Calcutta medical institutions reports 1879-81 [i.e.91]
Year: 1879
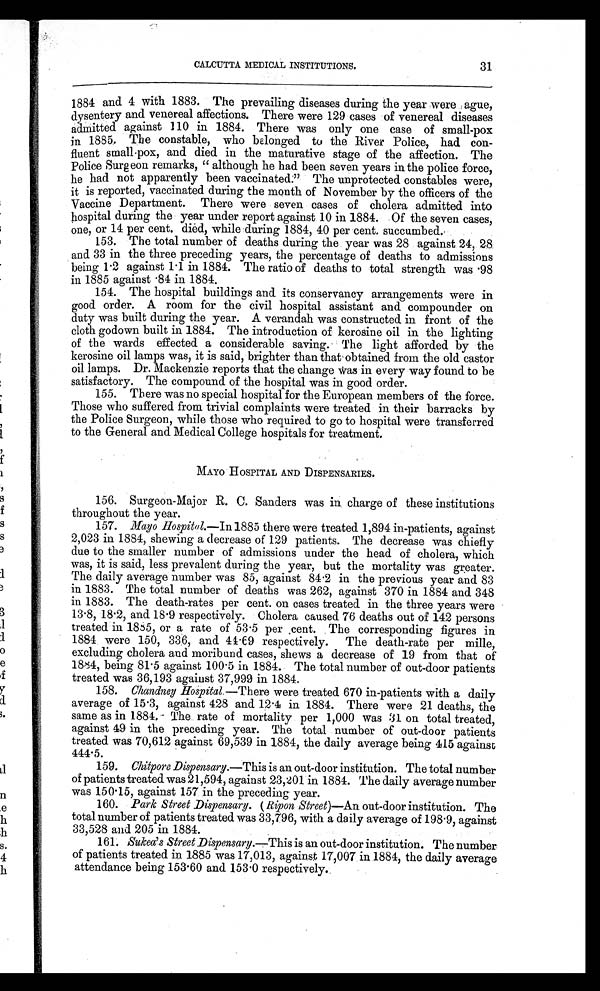
CALCUTTA MEDICAL INSTITUTIONS.
31
1884 and 4 with 1883. The prevailing diseases during the year were ague,
dysentery and venereal affections. There were 129 cases of venereal diseases
admitted against 110 in 1884. There was only one case of small-pox
in 1885. The constable, who belonged to the River Police, had con-
fluent small-pox, and died in the maturative stage of the affection. The
Police Surgeon remarks, "although he had been seven years in the police force,
he had not apparently been vaccinated." The unprotected constables were,
it is reported, vaccinated during the month of November by the officers of the
Vaccine Department. There were seven cases of cholera admitted into
hospital during the year under report against 10 in 1884. Of the seven cases,
one, or 14 per cent. died, while during 1884, 40 per cent. succumbed.
153. The total number of deaths during the year was 28 against 24, 28
and 33 in the three preceding years, the percentage of deaths to admissions
being 1.2 against 1.1 in 1884. The ratio of deaths to total strength was .98
in 1885 against .84 in 1884.
154. The hospital buildings and its conservancy arrangements were in
g o o d o r d e r . A r o o m f o r t h e c i v i l h o s p i t a l a s s i s t a n t a n d c o mp o u n d e r o n
duty was built during the year. A verandah was constructed in front of the
cloth godown built in 1884. The introduction of kerosine oil in the lighting
of the wards effected a considerable saving. The light afforded by the
kerosine oil lamps was, it is said, brighter than that obtained from the old castor
o i l l a mp s . Dr . Ma c k e n z i e r e p o r t s t h a t t h e c h a n g e wa s i n e v e r y wa y f o u n d t o b e
satisfactory. The compound of the hospital was in good order.
155. There was no special hospital for the European members of the force.
Those who suffered from trivial complaints were treated in their barracks by
the Police Surgeon, while those who required to go to hospital were transferred
to the General and Medical College hospitals for treatment.
MAYO HOSPITAL AND DISPENSARIES.
156. Surgeon-Major R. C. Sanders was in charge of these institutions
throughout the year.
157. Mayo Hospital.—In 1885 there were treated 1,894 in-patients, against
2,023 in 1884, shewing a decrease of 129 patients. The decrease was chiefly
due to the smaller number of admissions under the head of cholera, which
was, it is said, less prevalent during the year, but the mortality was greater.
The daily average number was 85, against 84.2 in the previous year and 83
in 1883. The total number of deaths was 262, against 370 in 1884 and 348
in 1883. The death-rates per cent. on cases treated in the three years were
13.8, 18.2, and 18.9 respectively. Cholera caused 76 deaths out of 142 persons
treated in 1885, or a rate of 53.5 per cent. The corresponding figures in
1884 were 150, 336, and 44.69 respectively. The death-rate per mille,
excluding cholera and moribund cases, shews a decrease of 19 from that of
1884, being 81.5 against 100.5 in 1884. The total number of out-door patients
treated was 36,193 against 37,999 in 1884.
158. Chandney Hospital.—There were treated 670 in-patients with a daily
average of 15.3, against 428 and 12.4 in 1884. There were 21 deaths, the
same as in 1884. The rate of mortality per 1,000 was 31 on total treated,
against 49 in the preceding year. The total number of out-door patients
treated was 70,612 against 69,539 in 1884, the daily average being 415 against
444.5.
159. Chitpore Dispensary .—This is an out-door institution. The total number
of patients treated was 21,594, against 23,201 in 1884. The daily average number
was 150.15, against 157 in the preceding year.
160. Park Street Dispensary. ( Ripon Street)—An out-door institution. The
total number of patients treated was 33,796, with a daily average of 198.9, against
33,528 and 205 in 1884.
161. Sukea's Street Dispensary.—This is an out-door institution. The number
of patients treated in 1885 was 17,013, against 17,007 in 1884, the daily average
attendance being 153.60 and 153.0 respectively.